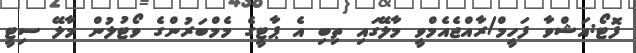
ފޮޓޯ:އަޝްވާ ފަހީމް/ރާއްޖެއެމްވީ މާލޭގައި ތިބި އެ ޕާޓީގެ މެމްބަރުންގެ ވޯޓުލުން މާލޭ ސިޓީ